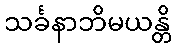
သင်္ခနာဘိမယန္တိ